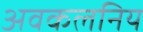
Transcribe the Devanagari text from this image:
अवकलनिय